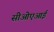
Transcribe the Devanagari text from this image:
सीओएआई